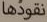
نقودها